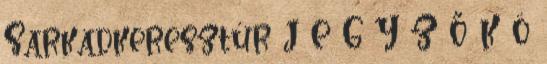
Sarkadkeresztúr J E G Y Z Ő K Ö